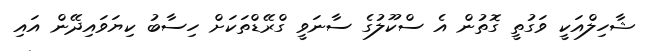
ޝާހިލްއަކީ ވަގުތީ ގޮތުން އެ ސްކޫލުގެ ސާނަވީ ގްރޭޑްތަކަށް ހިސާބު ކިޔަވައިދޭން އައި